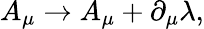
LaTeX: A_{\mu}\rightarrow A_{\mu}+\partial_{\mu}\lambda,